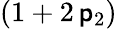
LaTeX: (1+2\, \mathsf{p}_{2})